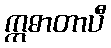
ဣဓာတာပီ